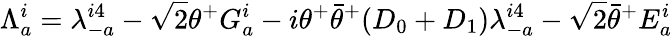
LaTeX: \Lambda_{a}^{i}=\lambda_{-a}^{i4}-\sqrt 2\theta^{+}G_{a}^{i}-i\theta^{+}{\bar{\theta}}^{+}(D_{0}+D_{1})\lambda_{-a}^{i4}-\sqrt 2{\bar{\theta}}^{+}E_{a}^{i}